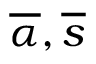
\overline { { \alpha } } , \overline { { s } }